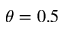
\theta = 0 . 5